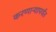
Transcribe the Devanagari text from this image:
करणाऱ्यापर्यंत